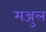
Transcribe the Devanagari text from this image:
मञ्जुल